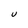
Character: U